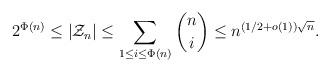
LaTeX: \begin{align*}2^{\Phi(n)}\leq |\mathcal{Z}_n|\leq \sum_{1\leq i\leq\Phi(n)}\binom{n}{i}\leq n^{(1/2+o(1))\sqrt{n}}.\end{align*}